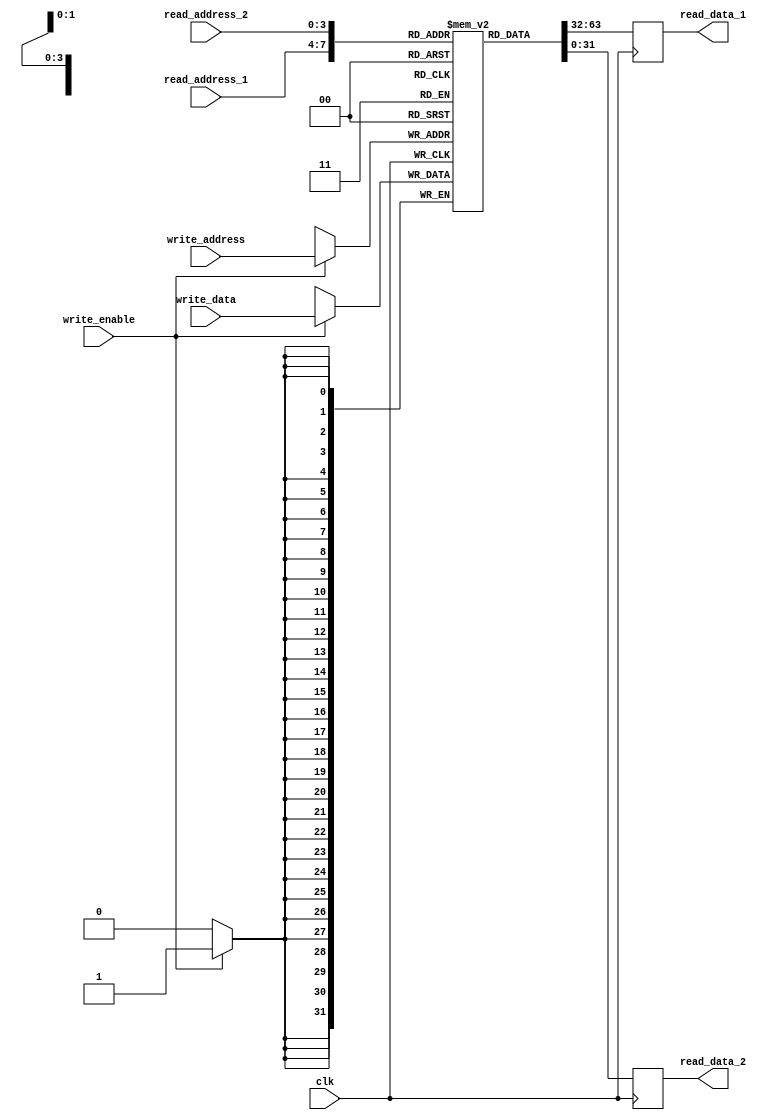
module register_file (
  input wire clk,
  input wire [3:0] read_address_1,
  input wire [3:0] read_address_2,
  input wire [3:0] write_address,
  input wire write_enable,
  input wire [31:0] write_data,
  output reg [31:0] read_data_1,
  output reg [31:0] read_data_2
);

reg [31:0] registers [0:15];

always @(posedge clk) begin
  if(write_enable) begin
    registers[write_address] <= write_data;
  end
  read_data_1 <= registers[read_address_1];
  read_data_2 <= registers[read_address_2];
end

endmodule